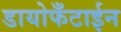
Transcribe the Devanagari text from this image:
डायोफँटाईन